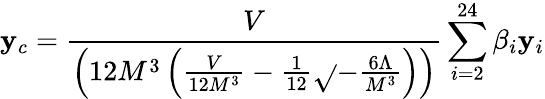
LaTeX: \mathbf{y}_{c}=\frac{{V}}{{\left(12M^{3}\left(\frac{{V}}{{12M^{3}}}-\frac{{1}}{{12}}\sqrt{}{{-\frac{{6\Lambda}}{{M^{3}}}}}\right)\right)}}\sum_{i=2}^{24}\beta_{i}\mathbf{y}_{i}